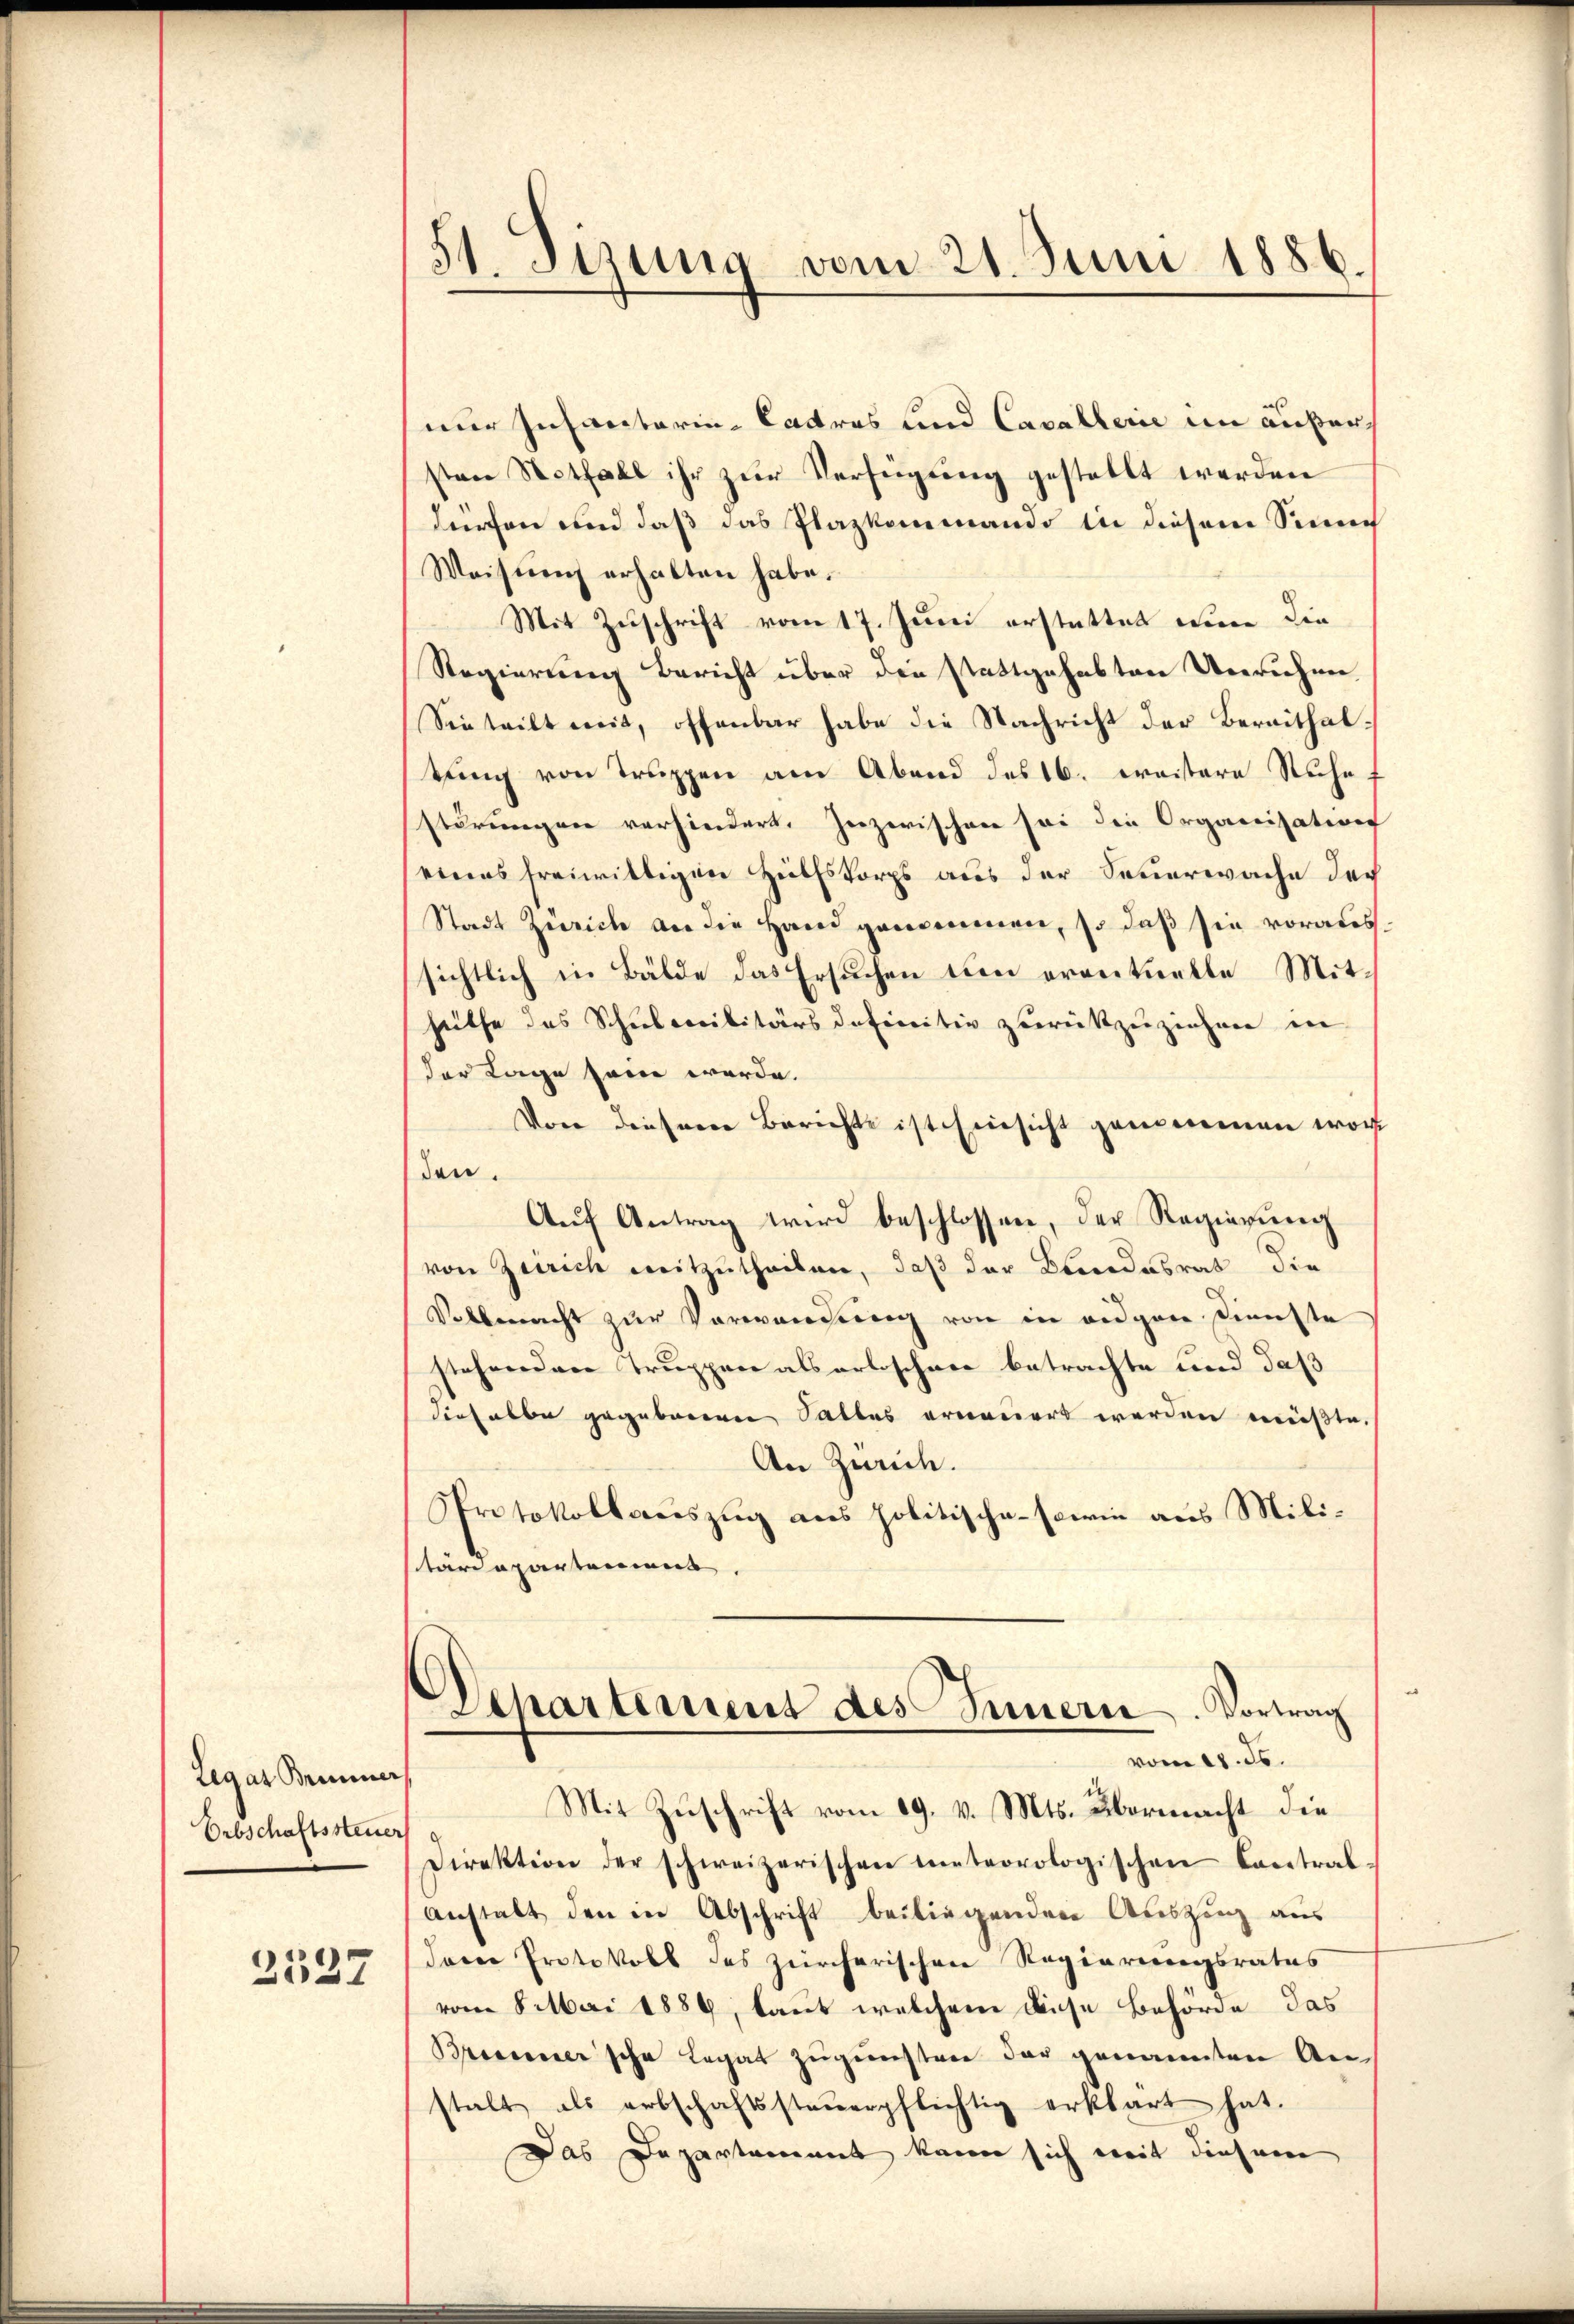
Legat Brunner
Erbschaftssteuer
2537

51. Sizung vom 21. Juni 1886.

nur Infantorin - Cattros und Cavallerie im äußersten Notfall ihr zŭr Verfügung gestellt werden
dürfen und daß das Plazkenmando in diesem Sinne
Weisung erhalten habe.
Mit Zuschrift vom 17. Juni erstattet eine die
Regierung Bericht über die stattgehabten Unruhen
Sie teilt mit, offenbar habe die Nachricht der Bereithaltung von Truppen am Abend des 16. weitere Ruhe,
störungen verhindert. Inzwischen sei die Organisations
eines freiwiltigen Hülfskorps aus der Feuerwache der
Stadt Zürich an die Hand genommen, so daß sie voraus
sichtlich in Bälde das Ersuchen um eventuelle Mitsäthe des Schubereilitärs definitiv zurückzuziehen in
der Lage seine werde.
Von diesem Berichte ist Einsicht genommen worden.
Aŭf Antrag wird beschlossen, der Regierung
von Zürich mitzutheilen, daß der Brandesrat die
Vollmacht zur Vorwandung von in eidgen Dienste
stehenden Truppen als erloschere betrachte und daß
dieselbe gegebenen Salles erneuert werden müßte.
An Zürich.
Protokollsauszug aus politische - sowie aus Militärdepartemens
Departement des Innern. Vortrag
vom 18. ds.
Mit Zuschrift vom 19. v. Mts. übermacht die
Direktion der schweizerischen meteorologischen Contral-
anstalt den in Abschrift beiliegenden Auszug aus
dern Protokoll des zürcherischen Regierungsrates
vom 8. Mai 1889, laut welchem diese Behörde das
Brasiener'sche Legat zugunsten der genannten An-
stalt als erbschaftssteuerpflichtig erklärt hat.
Das Departement kann sich weit diesem